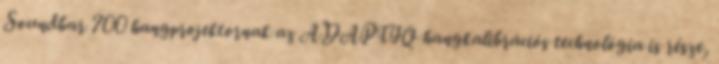
Soundbar 700 hangprojektornak az ADAPTIQ hangkalibrációs technológia is része,